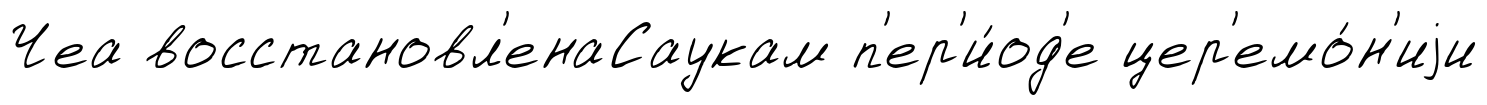
Чеа восстановл'енаСаукам п'ер'и́од'е цер'емо́н'иjи